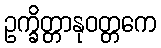
ဥက္ခိတ္တာနုဝတ္တကေ